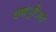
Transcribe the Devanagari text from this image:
वणर््िात